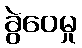
ခွဲဝေမှု